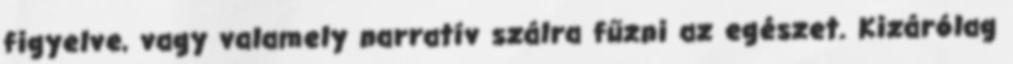
figyelve, vagy valamely narratív szálra fűzni az egészet. Kizárólag